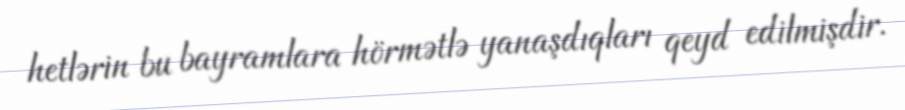
hetlərin bu bayramlara hörmətlə yanaşdıqları qeyd edilmişdir.